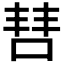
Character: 𫪙